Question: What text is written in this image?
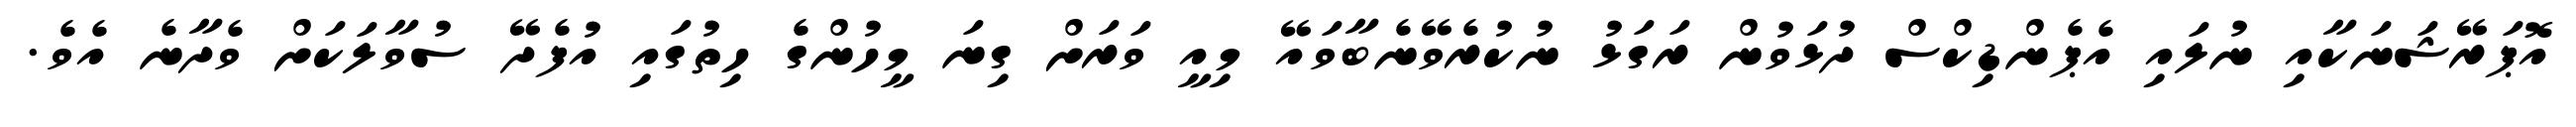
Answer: އޮޕަރޭޝަނަކާއި ނުލައި އެޕެންޑިކްސް ދުޅަވުން ރަގަޅު ނުކުރެވޭނެބާވައޭ މިއީ ވަރަށް ގިނަ މީހުންގެ ހިތުގައި އުފެދޭ ސުވާލަކަށް ވެދާނެ އެވެ.